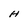
Character: H